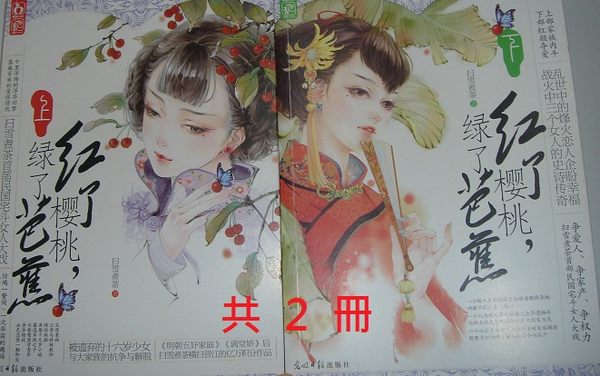
春愁凝思结眉心，绿绮懒调红锦荐。